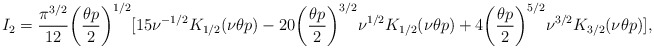
\begin{align*}I_2=\frac{\pi^{3/2}}{12}\biggl(\frac{\theta p}{2}\biggr)^{1/2}[15\nu^{-1/2}K_{1/2}(\nu\theta p)-20\biggl(\frac{\theta p}{2}\biggr)^{3/2}\nu^{1/2}K_{1/2}(\nu\theta p)+4\biggl(\frac{\theta p}{2}\biggr)^{5/2}\nu^{3/2}K_{3/2}(\nu\theta p)],\end{align*}